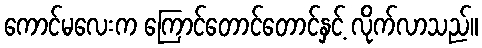
ကောင်မလေးက ကြောင်တောင်တောင်နှင့် လိုက်လာသည်။